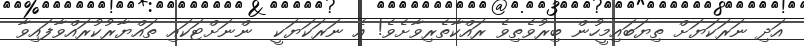
އަދި ނަރަކަޔަށް ތިޔަބައިމީހުން ބިރުވެތިވެ ރައްކާތެރިވާށެވެ! އެ ނަރަކަޔަކީ  ންނަށްޓަކައި ތައްޔާރުކުރައްވާފައިވާ